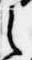
之